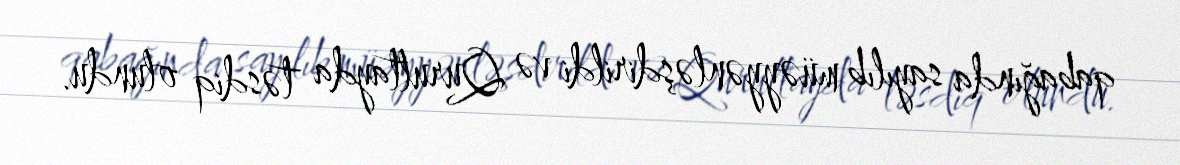
qabağında sayılıb müəyyənləşdirildi və Qurultayda təsdiq olundu.